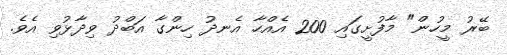
ބޭރު މީހުން" މާފުށީގައި 200 އެއްހާ އެނދު ހިންގާ އަބްދު ވިދާޅުވި އެވެ.